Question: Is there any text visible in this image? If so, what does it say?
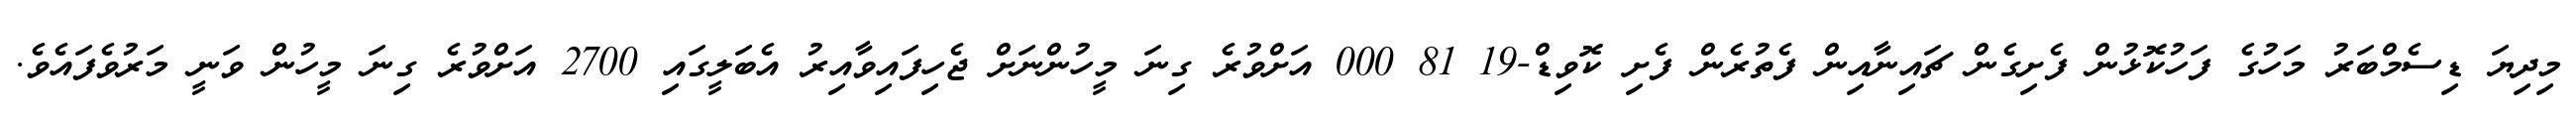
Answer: މިދިޔަ ޑިސެމްބަރު މަހުގެ ފަހުކޮޅުން ފެށިގެން ޗައިނާއިން ފެތުރެން ފެށި ކޮވިޑް-19 81 000 އަށްވުރެ ގިނަ މީހުންނަށް ޖެހިފައިވާއިރު އެބަލީގައި 2700 އަށްވުރެ ގިނަ މީހުން ވަނީ މަރުވެފައެވެ.